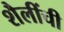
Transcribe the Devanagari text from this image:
शैलींची